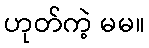
ဟုတ်ကဲ့ မမ။